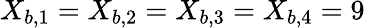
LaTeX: X_{b,1}=X_{b,2}=X_{b,3}=X_{b,4}=9